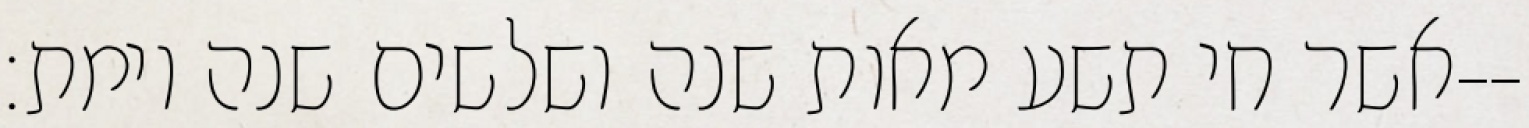
אשר חי תשע מאות שנה ושלשים שנה וימת׃--